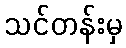
သင်တန်းမှ